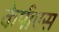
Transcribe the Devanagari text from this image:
केपीएस